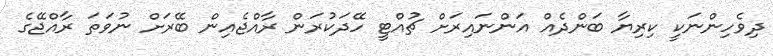
ދިވެހިންނަކީ ކިރިޔާ ބަންދެއް އަންނައިރަށް ޗުއްޓީ ހޭދަކުރަން ރާއްޖެއިން ބޭރަށް ނުވަތަ ރާއްޖޭގެ